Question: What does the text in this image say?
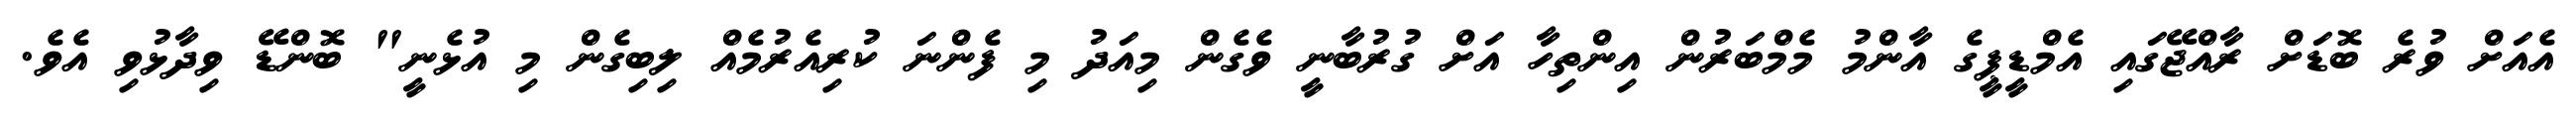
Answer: އެއަށް ވުރެ ބޮޑަށް ރާއްޖޭގައި އެމްޑީޕީގެ އާންމު މެމްބަރުން އިންތިހާ އަށް ގުރުބާނީ ވެގެން މިއަދު މި ފެންނަ ކުރިއެރުމެއް ލިބިގެން މި އުޅެނީ" ބޮންޑޭ ވިދާޅުވި އެވެ.